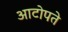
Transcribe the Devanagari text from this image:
आटोपते